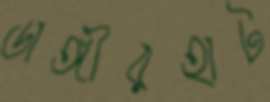
ডাঙ্গীরহাট